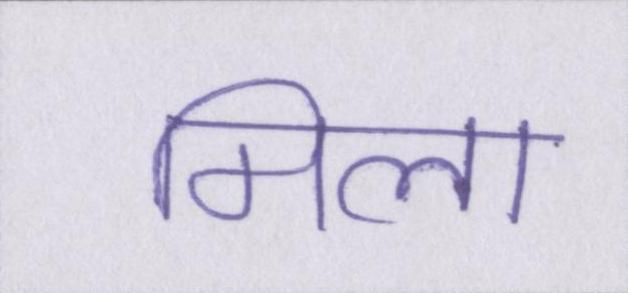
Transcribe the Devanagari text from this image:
मिला